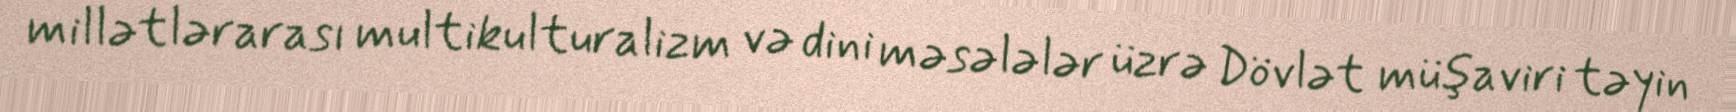
millətlərarası multikulturalizm və dini məsələlər üzrə Dövlət müşaviri təyin